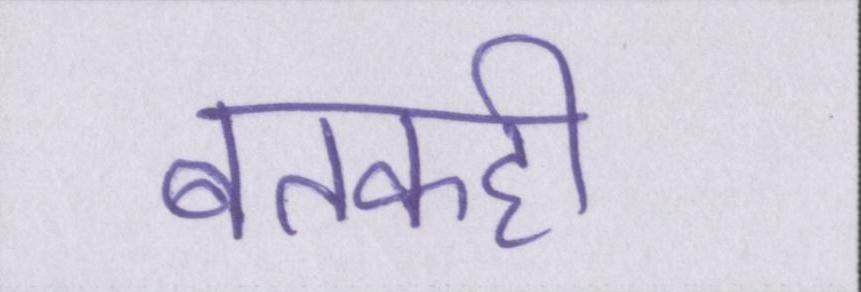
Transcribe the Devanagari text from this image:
बतकही